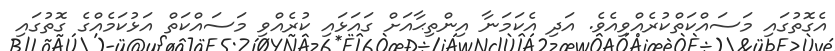
އެގޮތުގައި މަސައްކަތްކުރެއްވިއެވެ. އަދި އެކަމަނާ އިންތިޙާއަށް ގައަޅައި ކުރެއްވި މަސައްކަތް އަޅުކަމެއްގެ ގޮތުގައި